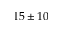
1 5 \pm 1 0